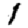
Digit: 1